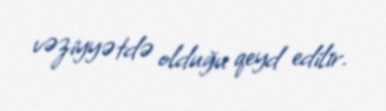
vəziyyətdə olduğu qeyd edilir.